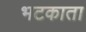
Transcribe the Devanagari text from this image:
भटकाता